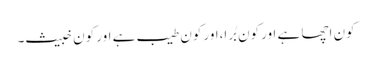
کون اچھا ہے اور کون بُرا،اور کون طیب ہے اور کون خبیث۔